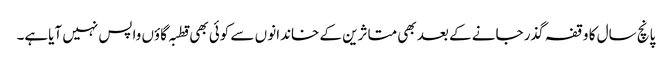
پانچ سال کا وقفہ گذر جانے کے بعد بھی متاثرین کے خاندانو ں سے کوئی بھی قطبہ گاؤں واپس نہیں آیاہے۔